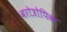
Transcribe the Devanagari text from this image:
बरोत्रोपिक